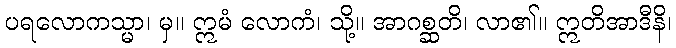
ပရလောကသ္မာ၊ မှ။ ဣမံ လောကံ၊ သို့။ အာဂစ္ဆတိ၊ လာ၏။ ဣတိအာဒီနိ၊